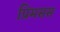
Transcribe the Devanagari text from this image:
प्रिमसस